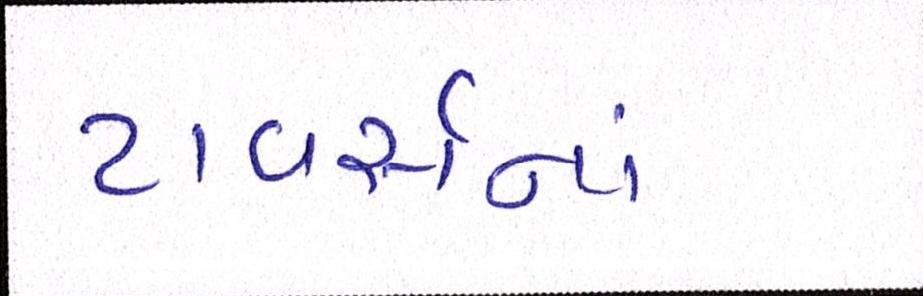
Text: ટાવર્સમાં